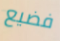
فضيع